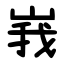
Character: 峩